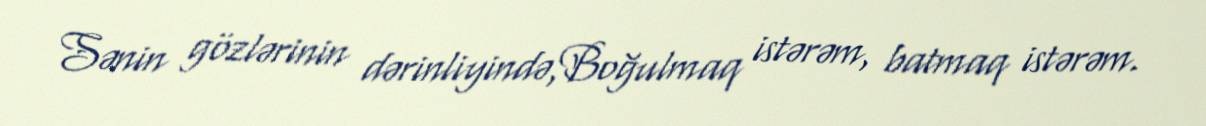
Sənin gözlərinin dərinliyində,Boğulmaq istərəm, batmaq istərəm.